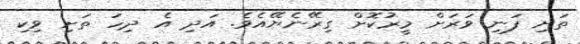
ތަށި ފަނި ވަރަށް މީރުކޮށް ގިރޭނެޔޭއެވެ. އަދި އެ ދިހަ ތަށި ވިކި